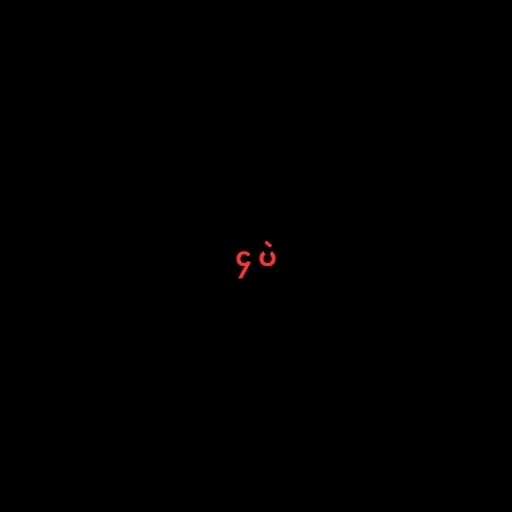
၄ ပဲ